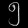
Digit: ၅